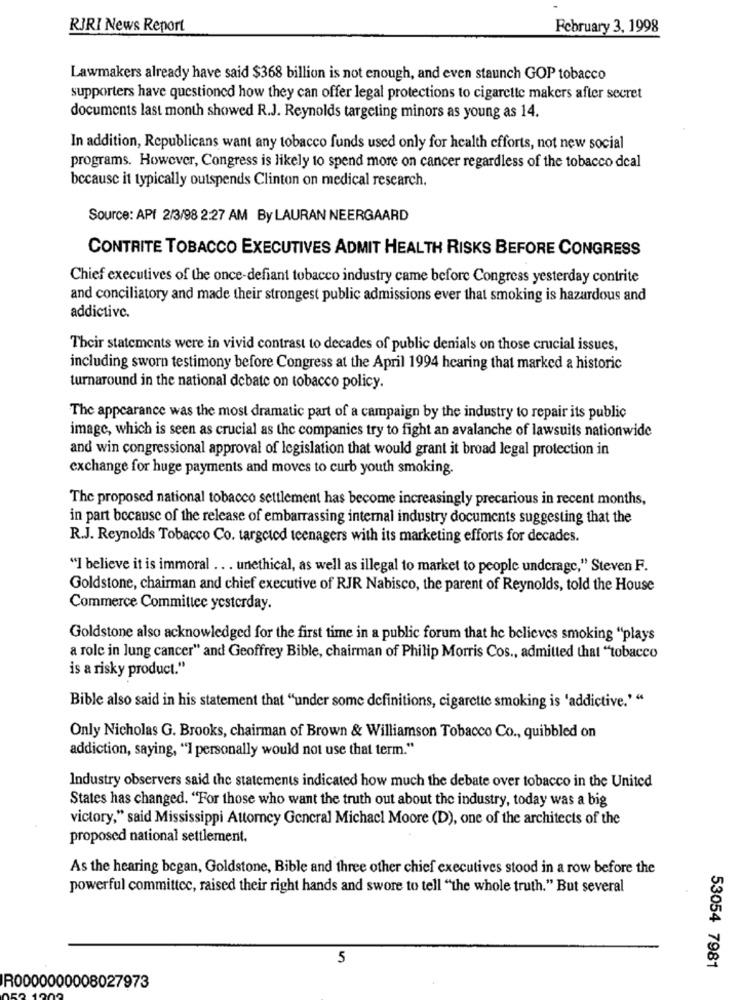
RJRI News Report
February 3, 1998
Lawmakers already have said $368 billion is not enough, and even staunch GOP tobacco
supporters have questioned how they can offer legal protections to cigarette makers after secret
documents last month showed R.J. Reynolds targeting minors as young as 14.
In addition, Republicans want any tobacco funds used only for health efforts, not new social
programs. However, Congress is likely to spend more on cancer regardless of the tobacco deal
because it typically outspends Clinton on medical research.
Source: API 2/3/98 2:27 AM By LAURAN NEERGAARD
CONTRITE TOBACCO EXECUTIVES ADMIT HEALTH RISKS BEFORE CONGRESS
Chief executives of the once-defiant tobacco industry came before Congress yesterday contrite
and conciliatory and made their strongest public admissions ever that smoking is hazardous and
addictive.
Their statements were in vivid contrast to decades of public denials on those crucial issues,
including sworn testimony before Congress at the April 1994 hearing that marked a historic
turnaround in the national debate on tobacco policy.
The appearance was the most dramatic part of a campaign by the industry to repair its public
image, which is seen as crucial as the companies try to fight an avalanche of lawsuits nationwide
and win congressional approval of legislation that would grant it broad legal protection in
exchange for huge payments and moves to curb youth smoking.
The proposed national tobacco settlement has become increasingly precarious in recent months,
in part because of the release of embarrassing internal industry documents suggesting that the
R.J. Reynolds Tobacco Co. targeted teenagers with its marketing efforts for decades.
"I believe it is immoral ... unethical, as well as illegal to market to people underage," Steven F.
Goldstone, chairman and chief executive of RJR Nabisco, the parent of Reynolds, told the House
Commerce Committee yesterday.
Goldstone also acknowledged for the first time in a public forum that he believes smoking "plays
a role in lung cancer" and Geoffrey Bible, chairman of Philip Morris Cos ., admitted that "tobacco
is a risky product."
Bible also said in his statement that "under some definitions, cigarette smoking is 'addictive.'"
Only Nicholas G. Brooks, chairman of Brown & Williamson Tobacco Co ., quibbled on
addiction, saying, "I personally would not use that term."
Industry observers said the statements indicated how much the debate over tobacco in the United
States has changed. "For those who want the truth out about the industry, today was a big
victory," said Mississippi Attorney General Michael Moore (D), one of the architects of the
proposed national settlement.
As the hearing began, Goldstone, Bible and three other chief executives stood in a row before the
powerful committee, raised their right hands and swore to tell "the whole truth." But several
5
53054 7981
R0000000008027973